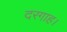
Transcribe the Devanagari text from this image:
दरगाह।